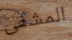
المشفى